Vaccination in the Punjab 1919-1929 - 1919-1929
Year: 1919
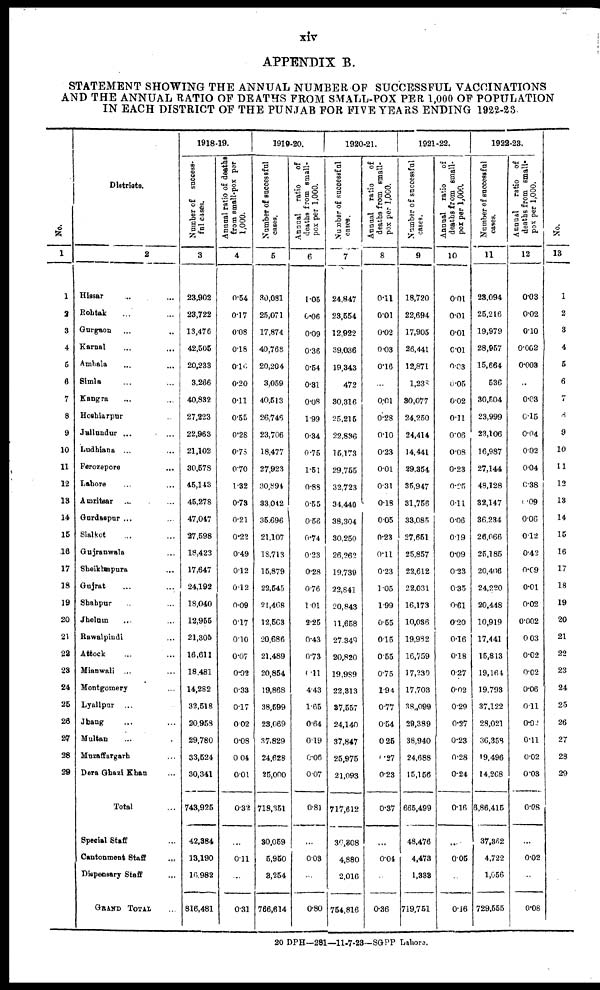
xiv
APPENDIX B.
STATEMENT SHOWING THE ANNUAL NUMBER OF SUCCESSFUL VACCINATIONS
AND THE ANNUAL RATIO OF DEATHS FROM SMALL-POX PER 1,000 OF POPULATION
IN EACH DISTRICT OF THE PUNJAB FOR FIVE YEARS ENDING 1922-23
No.
1
1
2
3
4
5
6
7
8
9
10
11
12
13
14
15
16
17
18
19
20
21
22
23
24
25
26
27
28
29
Districts.
2
Hissar ... ...
Rohtak ... ...
Gurgaon ... ...
Karnal ... ...
Ambala ... ...
Simla ... ...
Kangra ... ...
Hoshiarpur ...
Jullundur ... ...
Ludhiana ... ...
Ferozepore ...
Lahore ... ...
Amritsar ... ...
Gurdaspur ... ...
Sialkot ... ...
Gujranwala ...
Sheikhupura ...
Gujrat ... ...
Shahpur ... ...
Jhelum ... ...
Rawalpindi ...
Attock ... ...
Mianwali ... ...
Montgomery ...
Lyallpur ... ...
Jhang ... ...
Multan ... ...
Muzaffargarh ...
Dera Ghazi Khan ...
Total ...
Special Staff ...
Cantonment Staff ...
Dispensary Staff ...
GRAND TOTAL ...
1918-19.
Number of success¬
ful cases.
3
23,902
23,722
13,476
42,505
20,233
3,266
40,832
27,223
22,963
21,102
30,578
45,143
45,278
47,047
27,598
18,423
17,647
24,192
18,040
12,955
21,305
16,611
18,481
14,282
32,518
20,958
29,780
33,524
30,341
743,925
42,384
13,190
16,982
816,481
Annual ratio of deaths
from small-pox per
1,000.
4
0.54
0.17
0.08
0.18
0.10
0.20
0.11
0.55
0.28
0.78
0.70
1.32
0.73
0.21
0.22
0.49
0.12
0.12
0.09
0.17
0.10
0.07
0.02
0.33
0.17
0.02
0.08
0.04
0.01
0.32
...
0.11
...
0.31
1919-20.
Number of successful
cases.
5
30,081
25,071
17,874
40,768
20,204
3,059
40,513
26,746
23,706
18,477
27,923
30,894
33,042
35,696
21,107
18,713
15,879
22,545
21,468
12,563
20,686
21,489
20,854
19,868
38,599
23,069
37,829
24,628
25,000
718,351
30,059
5,950
3,254
766,614
Annual ratio
of
deaths from small-
pox per 1,000.
6
1.05
0.06
0.09
0.36
0.54
0.31
0.08
1.99
0.34
0.75
1.51
0.88
0.55
0.56
0.74
0.23
0.28
0.76
1.01
2.25
0.43
0.73
0.11
4.43
1.65
0.64
0.19
0.06
0.07
0.81
...
0.03
...
0.80
1920-21.
Number of successful
cases.
7
24,847
23,554
12,922
39,036
19,343
472
30,316
25,215
22,836
15,173
29,755
32,723
34,440
38,304
30,250
26,262
19,739
22,841
20,843
11,658
27,349
20,820
19,989
22,313
37,557
24,140
37,847
25,975
21,093
717,612
30,308
4,880
2,016
764,816
Annual ratio
of
deaths from small-
pox per 1,000.
8
0.11
0.01
0.02
0.03
0.16
...
0.01
0.28
0.10
0.23
0.01
0.31
0.18
0.05
0.23
0.11
0.23
1.05
1.99
0.55
0.15
0.55
0.75
1.94
0.77
0.54
0.25
0.27
0.23
0.37
...
0.04
...
0.36
1921-22.
Number of successful
cases.
9
18,720
22,694
17,905
26,441
12,871
1,238
30,077
24,250
24,414
14,441
29,354
35,947
31,756
33,085
27,651
25,857
22,612
22,031
16,173
10,036
19,982
16,759
17,230
17,703
38,099
29,389
38,940
24,688
15,156
665,499
48,476
4,473
1,333
719,751
Annual ratio
of
deaths from small-
pox per 1,000.
10
0.01
0.01
0.01
0.01
0.03
0.05
0.02
0.11
0.06
0.08
0.23
0.25
0.11
0.06
0.19
0.09
0.23
0.35
0.61
0.20
0.16
0.18
0.27
0.02
0.29
0.27
0.23
0.28
0.24
0.16
...
0.05
...
0.16
1922-23.
Number of successful
cases.
11
23,094
25,216
19,979
28,957
15,664
536
30,504
23,999
23,106
16,987
27,144
48,128
32,147
36,234
26,066
25,185
20,406
24,220
20,448
10,919
17,441
15,813
19,164
19,793
37,122
28,021
36,358
19,496
14,268
6,86,415
37,382
4,722
1,056
729,555
Annual
ratio of
deaths from small¬
pox per 1,000.
12
0.03
0.02
0.10
0.002
0.003
...
0.03
0.15
0.04
0.02
0.04
0.38
0.09
0.06
0.12
0.42
0.09
0.01
0.02
0.002
0.03
0.02
0.02
0.06
0.11
0.02
0.11
0.02
0.03
0.08
...
0.02
...
0.08
No.
13
1
2
3
4
5
6
7
8
9
10
11
12
13
14
15
16
17
18
19
20
21
22
23
24
25
26
27
28
29
20 DPH—281—11-7-23—SGPP Lahore.